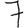
Digit: 7